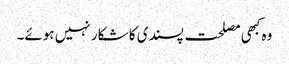
وہ کبھی مصلحت پسندی کا شکار نہیں ہوئے۔